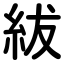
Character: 紱